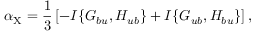
\alpha _ { \mathrm { { X } } } = \frac { 1 } { 3 } \left[ { - I \{ { G _ { b u } , H _ { u b } } \} + I \{ { G _ { u b } , H _ { b u } } \} } \right] ,